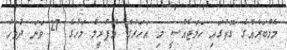
މެމްބަރެއްގެ ގޮތުގައި ހަމަޖެއްސީ މި އަހަރުގެ އޭޕްރީލް މަހުގެ 27 ވަނަ ދުވަހު